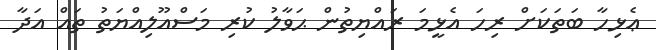
ޢެޅިހާ ބަތަކަށް ރިހަ އެޅީމަ ރައްޔިތުން ޙަވާލު ކުރި މަސްއޫލިއްޔަތު ތައް އަދާ